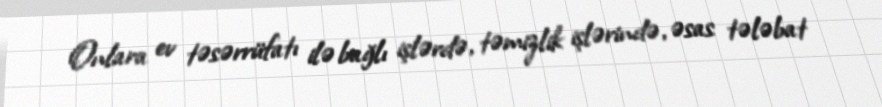
Onlara ev təsərrüfatı ilə bağlı işlərdə, təmizlik işlərində, əsas tələbat